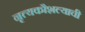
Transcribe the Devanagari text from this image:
नृत्यकौशल्याची